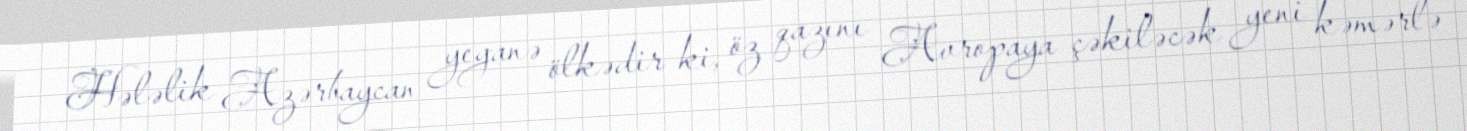
Hələlik Azərbaycan yeganə ölkədir ki, öz qazını Avropaya çəkiləcək yeni kəmərlə